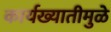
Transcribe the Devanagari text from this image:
कार्यख्यातीमुळे